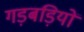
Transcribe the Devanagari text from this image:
गड़बड़ियों